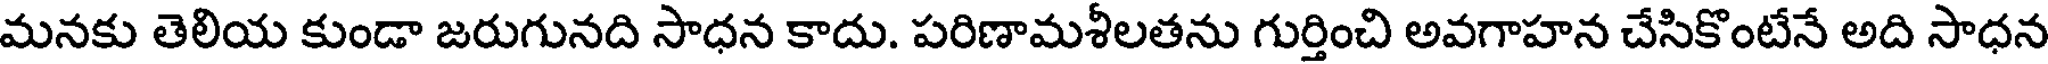
మనకు తెలియ కుండా జరుగునది సాధన కాదు. పరిణామశీలతను గుర్తించి అవగాహన చేసికొంటేనే అది సాధన